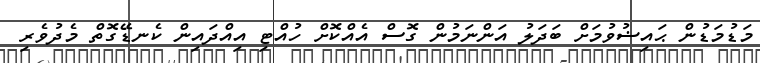
މަޑުމަޑުން ޙައިޟުވުމަށް ބަދަލު އަންނަމުން ގޮސް އެއްކޮށް ހުއްޓި އިއްދައިން ކެނޑޭގޮތް މެދުވެރި